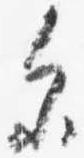
参